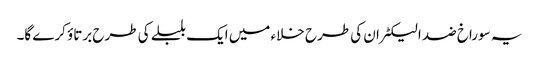
یہ سوراخ ضد الیکٹران کی طرح خلاء میں ایک بلبلے کی طرح برتاؤ کرے گا۔